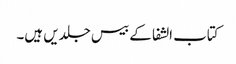
کتاب الشفا کے بیس جلدیں ہیں۔